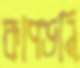
কাপড়নি